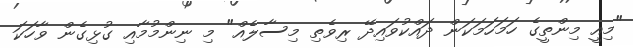
"މިއީ މިންތީގެ ހަމަހަމަކަން ދައްކުވައިދޭ ރިވެތި މިސާލެއް" މި ނިންމުމާއި ގުޅިގެން ވާހަކަ